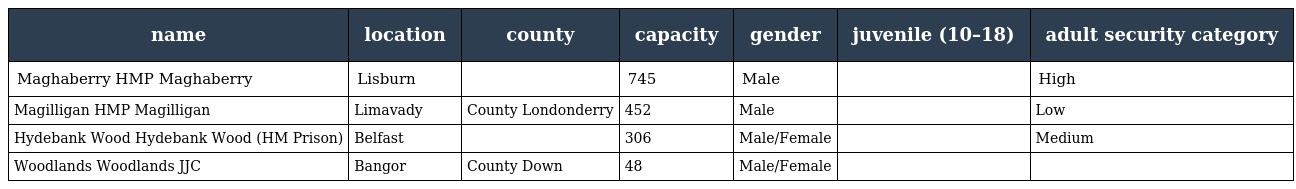
| name | location | county | capacity | gender | juvenile (10–18) | adult security category |
 | --- | --- | --- | --- | --- | --- | --- |
 | Maghaberry HMP Maghaberry | Lisburn |  | 745 | Male |  | High |
 | Magilligan HMP Magilligan | Limavady | County Londonderry | 452 | Male |  | Low |
 | Hydebank Wood Hydebank Wood (HM Prison) | Belfast |  | 306 | Male/Female |  | Medium |
 | Woodlands Woodlands JJC | Bangor | County Down | 48 | Male/Female |  |  |